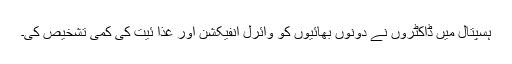
ہسپتال میں ڈاکٹروں نے دونوں بھائیوں کو وائرل انفیکشن اور غذا ئیت کی کمی تشخیص کی۔